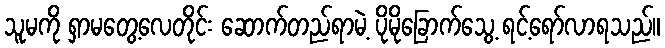
သူမကို ရှာမတွေ့လေတိုင်း ဆောက်တည်ရာမဲ့ ပိုမိုခြောက်သွေ့ ရင့်ရော်လာရသည်။